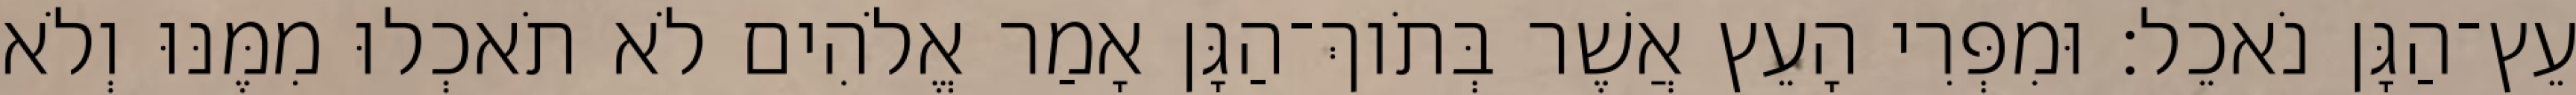
עֵץ־הַגָּן נֹאכֵל׃ וּמִפְּרִי הָעֵץ אֲשֶׁר בְּתֹוךְ־הַגָּן אָמַר אֱלֹהִים לֹא תֹאכְלוּ מִמֶּנּוּ וְלֹא